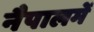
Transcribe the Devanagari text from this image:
नैपालमें